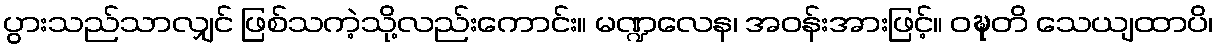
ပွားသည်သာလျှင် ဖြစ်သကဲ့သို့လည်းကောင်း။ မဏ္ဍလေန၊ အဝန်းအားဖြင့်။ ဝဍ္ဎတိ သေယျထာပိ၊